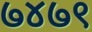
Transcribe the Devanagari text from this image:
७४७९